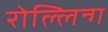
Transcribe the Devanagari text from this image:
रोल्लिन्ग